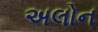
અલોન